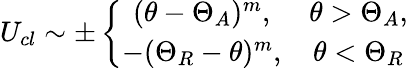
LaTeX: U_{cl}\sim\pm\left\{ \begin{array}{cc}{(\theta-\Theta_{A})^{m},}&{\theta>\Theta_{A},}\\ {-(\Theta_{R}-\theta)^{m},}&{\theta<\Theta_{R}}\end{array}\right.